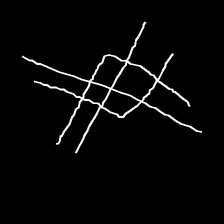
Glyph: crystal